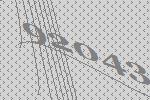
92043